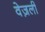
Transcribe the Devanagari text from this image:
वेज़ली